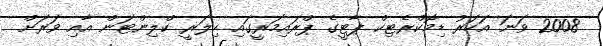
2008 ވަނަ އަހަރު ޑިމޮކްރެޓިކް ޕާޓީގެ ޕްރައިމަރީގައި ހިލަރީ ކްލިންޓަން އާއި ވަރަށް